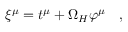
\xi ^ { \mu } = t ^ { \mu } + \Omega _ { H } \varphi ^ { \mu } ~ ~ ~ ,